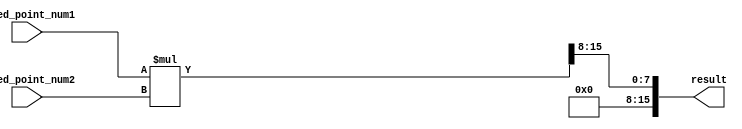
module fixed_point_multiplier (
    input [7:0] fixed_point_num1,
    input [7:0] fixed_point_num2,
    output reg [15:0] result
);

reg [15:0] product;

always @(*) begin
    product = fixed_point_num1 * fixed_point_num2;
    result = product >> 8; // Right shift to adjust for fractional bits
end

endmodule